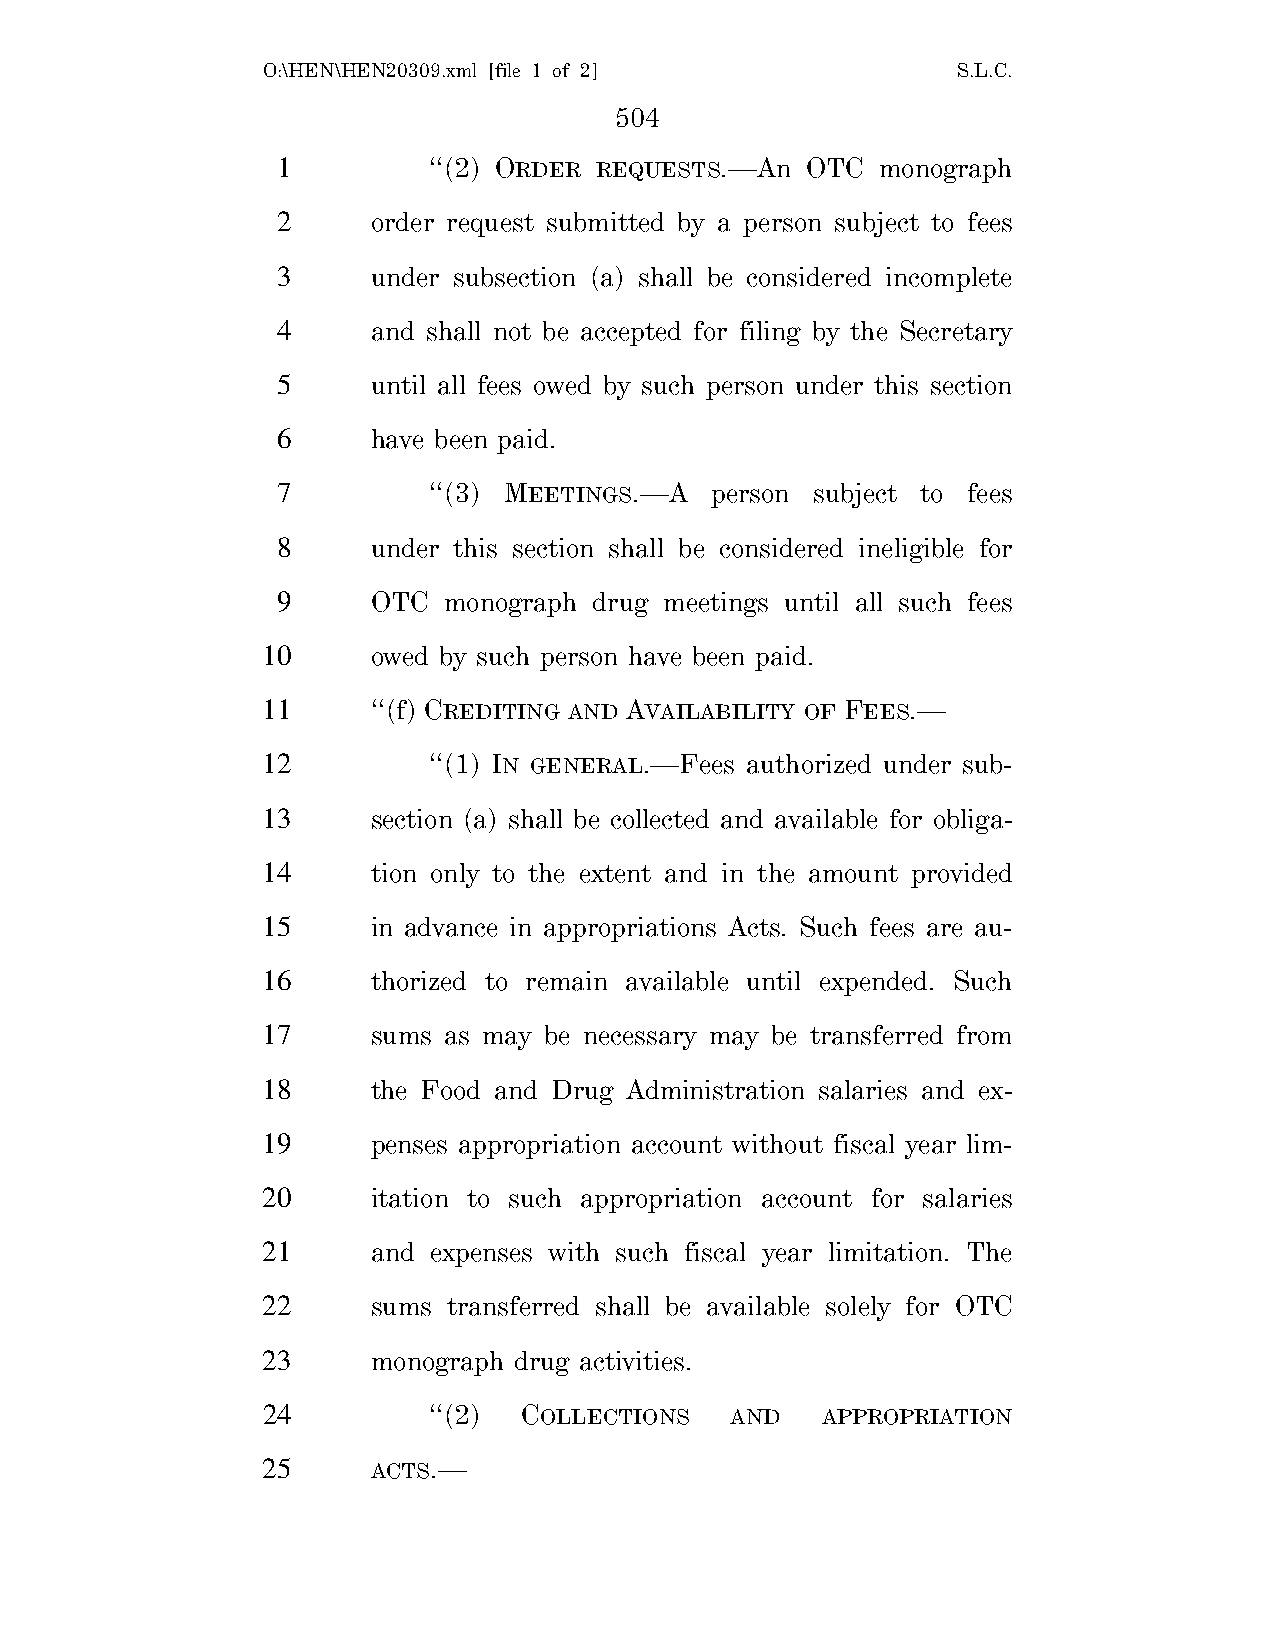
O:\HEN\HEN20309.xml [file 1 of 2]             S.L.C.
 504
 1         ‘‘(2) ORDER REQUESTS.—An OTC  monograph
 2      order request submitted by a person subject to fees
 3      under subsection (a) shall be considered incomplete
 4      and shall not be accepted for filing by the Secretary
 5      until all fees owed by such person under this section
 6      have been paid.
 7         ‘‘(3) MEETINGS.—A  person subject to fees
 8      under this section shall be considered ineligible for
 9      OTC monograph drug meetings until all such fees
 10      owed by such person have been paid.
 11      ‘‘(f) CREDITING AND AVAILABILITY OF FEES.—
 12         ‘‘(1) IN GENERAL.—Fees authorized under sub-
 13      section (a) shall be collected and available for obliga-
 14      tion only to the extent and in the amount provided
 15      in advance in appropriations Acts. Such fees are au-
 16      thorized to remain available until expended. Such
 17      sums as may be necessary may be transferred from
 18      the Food and Drug Administration salaries and ex-
 19      penses appropriation account without fiscal year lim-
 20      itation to such appropriation account for salaries
 21      and expenses with such fiscal year limitation. The
 22      sums transferred shall be available solely for OTC
 23      monograph drug activities.
 24         ‘‘(2)  COLLECTIONS  AND   APPROPRIATION
 25      ACTS.—